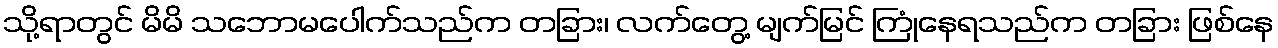
သို့ရာတွင် မိမိ သဘောမပေါက်သည်က တခြား၊ လက်တွေ့ မျက်မြင် ကြုံနေရသည်က တခြား ဖြစ်နေ